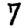
Digit: 7